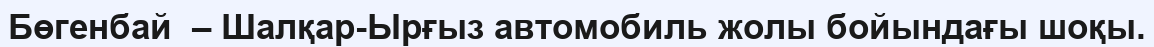
Бөгенбай  – Шалқар-Ырғыз автомобиль жолы бойындағы шоқы.